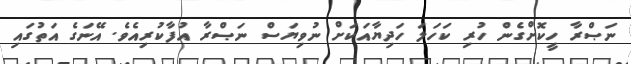
ނަޞްރާ ހީކޮށްގެން ހުރި ކަހަލަ ހަދިޔާއަކަށް ނުވިޔަސް ނަޞްރާ އުފާކުރިއެވެ. އޭނަގެ އަތުގައި